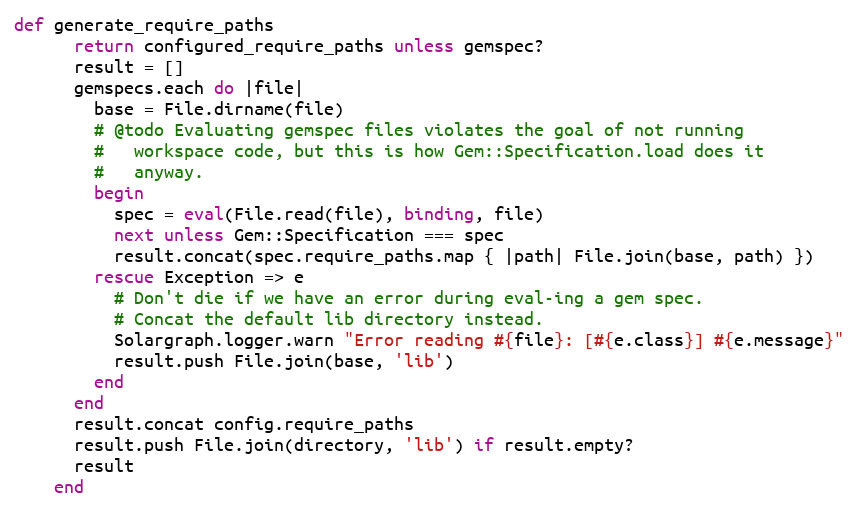
Language: Ruby
def generate_require_paths
      return configured_require_paths unless gemspec?
      result = []
      gemspecs.each do |file|
        base = File.dirname(file)
        # @todo Evaluating gemspec files violates the goal of not running
        #   workspace code, but this is how Gem::Specification.load does it
        #   anyway.
        begin
          spec = eval(File.read(file), binding, file)
          next unless Gem::Specification === spec
          result.concat(spec.require_paths.map { |path| File.join(base, path) })
        rescue Exception => e
          # Don't die if we have an error during eval-ing a gem spec.
          # Concat the default lib directory instead.
          Solargraph.logger.warn "Error reading #{file}: [#{e.class}] #{e.message}"
          result.push File.join(base, 'lib')
        end
      end
      result.concat config.require_paths
      result.push File.join(directory, 'lib') if result.empty?
      result
    end